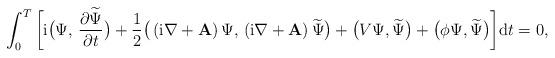
LaTeX: \begin{align*}\int_{0}^{T}\bigg[\mathrm{i}\big(\Psi,\,\frac{\partial \widetilde{\Psi}}{\partial t}\big)+\frac{1}{2}\big(\left(\mathrm{i}\nabla +\mathbf{A}\right)\Psi,\,\left(\mathrm{i}\nabla +\mathbf{A}\right) \widetilde\Psi\big) + \big(V\Psi, \widetilde\Psi \big)+\big(\phi\Psi, \widetilde\Psi\big)\bigg]\mathrm{d}t = 0, \end{align*}